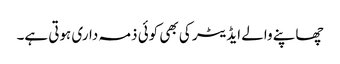
چھاپنے والے ایڈیٹر کی بھی کوئی ذمہ داری ہوتی ہے۔